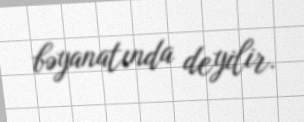
bəyanatında deyilir.